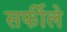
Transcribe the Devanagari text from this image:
सर्फीले